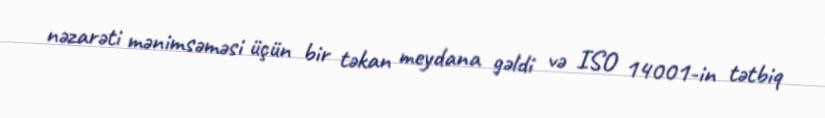
nəzarəti mənimsəməsi üçün bir təkan meydana gəldi və ISO 14001-in tətbiq